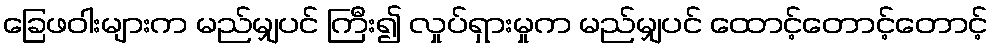
ခြေဖဝါးများက မည်မျှပင် ကြီး၍ လှုပ်ရှားမှုက မည်မျှပင် ထောင့်တောင့်တောင့်